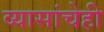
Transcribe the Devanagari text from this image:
व्यासांचेही